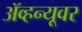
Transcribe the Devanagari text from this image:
ॲव्हन्यूवर